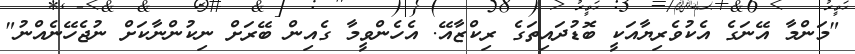
"މަންމާ އޭނަގެ އެކުވެރިޔާއަކީ ބޮޑުދައިތަގެ ރިކްޒާއޭ. އެހެންވީމާ ގެއިން ބޭރަށް ނިކުންނާކަށް ނުޖެހޭނެއްނު"